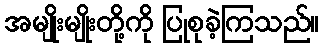
အမျိုးမျိုးတို့ကို ပြုစုခဲ့ကြသည်။